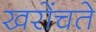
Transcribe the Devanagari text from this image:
खरोंचते